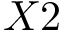
X 2